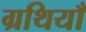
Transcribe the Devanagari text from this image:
ग्रथियाँ